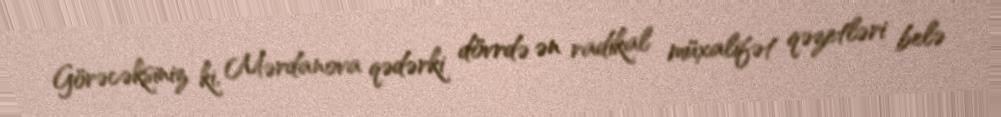
Görəcəksiniz ki, Mərdanova qədərki dövrdə ən radikal müxalifət qəzetləri belə